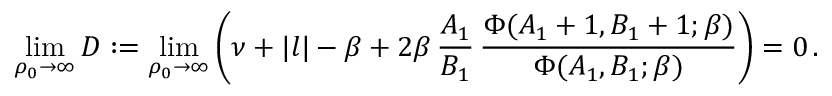
\operatorname * { l i m } _ { \rho _ { 0 } \rightarrow \infty } D : = \operatorname * { l i m } _ { \rho _ { 0 } \rightarrow \infty } \left( \nu + | l | - \beta + 2 \beta \, { \frac { A _ { 1 } } { B _ { 1 } } } \, { \frac { \Phi ( A _ { 1 } + 1 , B _ { 1 } + 1 ; \beta ) } { \Phi ( A _ { 1 } , B _ { 1 } ; \beta ) } } \right) = 0 \, .